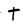
Character: t